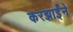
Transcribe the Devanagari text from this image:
करझाईंने